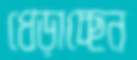
ধেড়াচ্ছেন